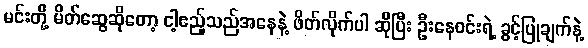
မင်းတို့ မိတ်ဆွေဆိုတော့ ငါ့ဧည့်သည်အနေနဲ့ ဖိတ်လိုက်ပါ ဆိုပြီး ဦးနေဝင်းရဲ့ ခွင့်ပြုချက်နဲ့